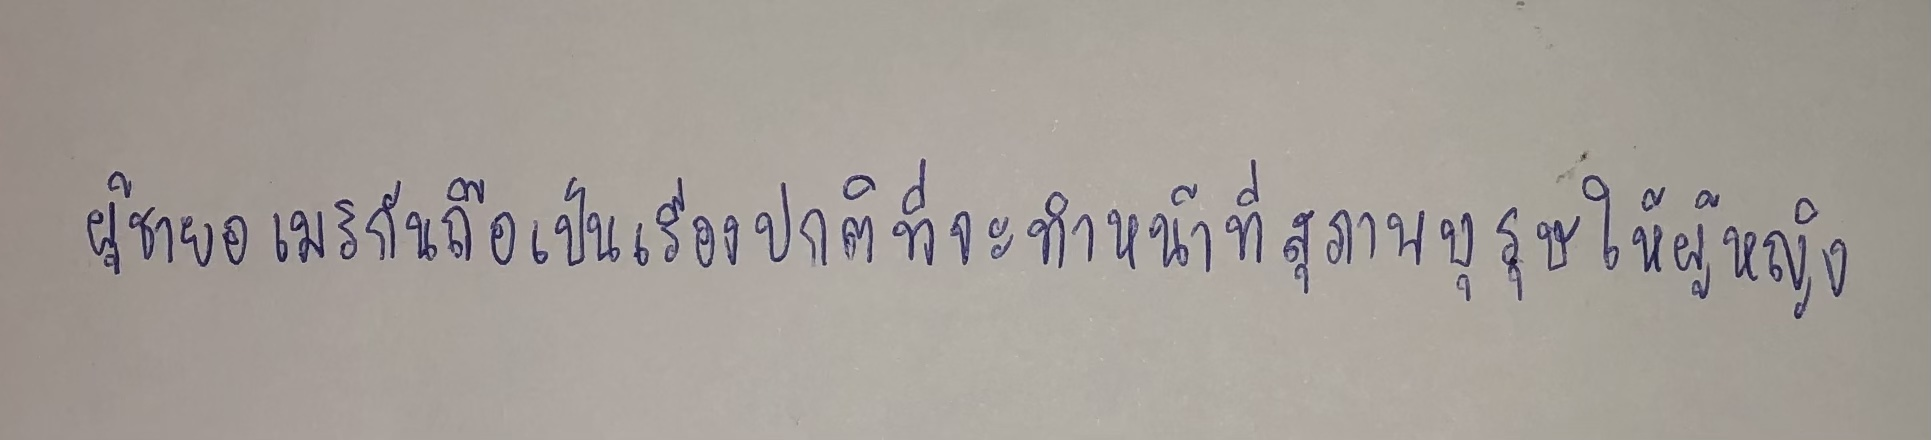
ผู้ชายอเมริกันถือเป็นเรื่องปกติที่จะทำหน้าที่สุภาพบุรุษให้ผู้หญิง